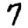
Digit: 7